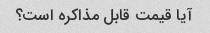
آیا قیمت قابل مذاکره است؟